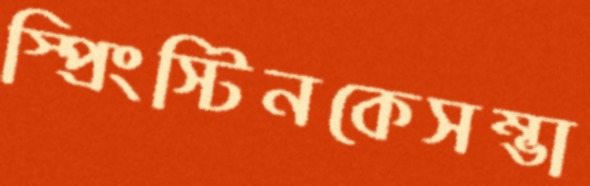
স্প্রিংস্টিনকেসম্ভা